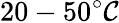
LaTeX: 20-50^{\circ}\mathcal{C}